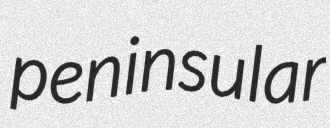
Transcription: peninsular